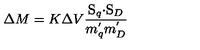
\Delta M = K \Delta V \frac { \mathrm { \boldmath S } _ { q } \mathrm { \boldmath \cdot S } _ { D } } { m _ { q } ^ { ' } m _ { D } ^ { ' } }